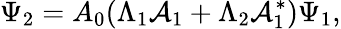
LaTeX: \Psi_{2}=A_{0}{\left(\Lambda_{1}{\cal A}_{1}+\Lambda_{2}{\cal A}_{1}^{\ast}\right)}\Psi_{1},